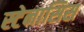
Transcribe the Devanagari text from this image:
स्टेनासिस